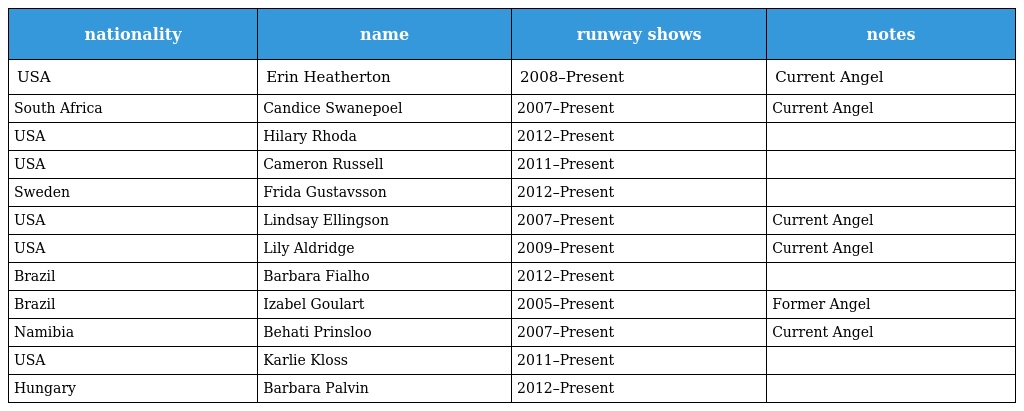
| nationality | name | runway shows | notes |
 | --- | --- | --- | --- |
 | USA | Erin Heatherton | 2008–Present | Current Angel |
 | South Africa | Candice Swanepoel | 2007–Present | Current Angel |
 | USA | Hilary Rhoda | 2012–Present |  |
 | USA | Cameron Russell | 2011–Present |  |
 | Sweden | Frida Gustavsson | 2012–Present |  |
 | USA | Lindsay Ellingson | 2007–Present | Current Angel |
 | USA | Lily Aldridge | 2009–Present | Current Angel |
 | Brazil | Barbara Fialho | 2012–Present |  |
 | Brazil | Izabel Goulart | 2005–Present | Former Angel |
 | Namibia | Behati Prinsloo | 2007–Present | Current Angel |
 | USA | Karlie Kloss | 2011–Present |  |
 | Hungary | Barbara Palvin | 2012–Present |  |